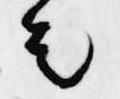
者